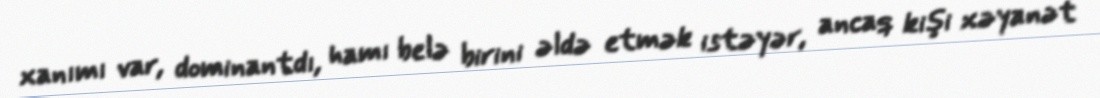
xanımı var, dominantdı, hamı belə birini əldə etmək istəyər, ancaq kişi xəyanət